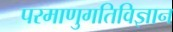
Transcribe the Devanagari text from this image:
परमाणुगतिविज्ञान